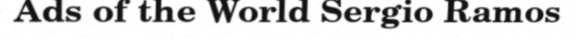
Ads of the World Sergio Ramos